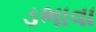
ડભાવા